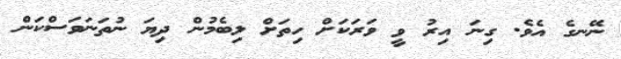
ނޭނގެ އެވެ. ގިނަ އިރު ވީ ވަރަކަށް ހިތަށް ލިބެމުން ދިޔަ ނުތަނަވަސްކަން